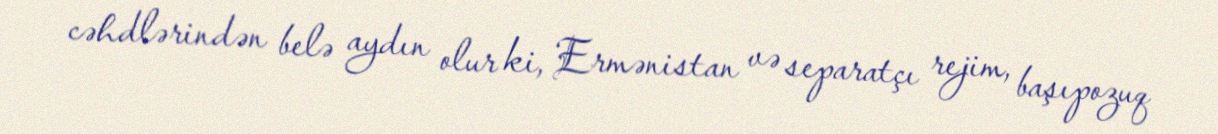
cəhdlərindən belə aydın olur ki, Ermənistan və separatçı rejim, başıpozuq